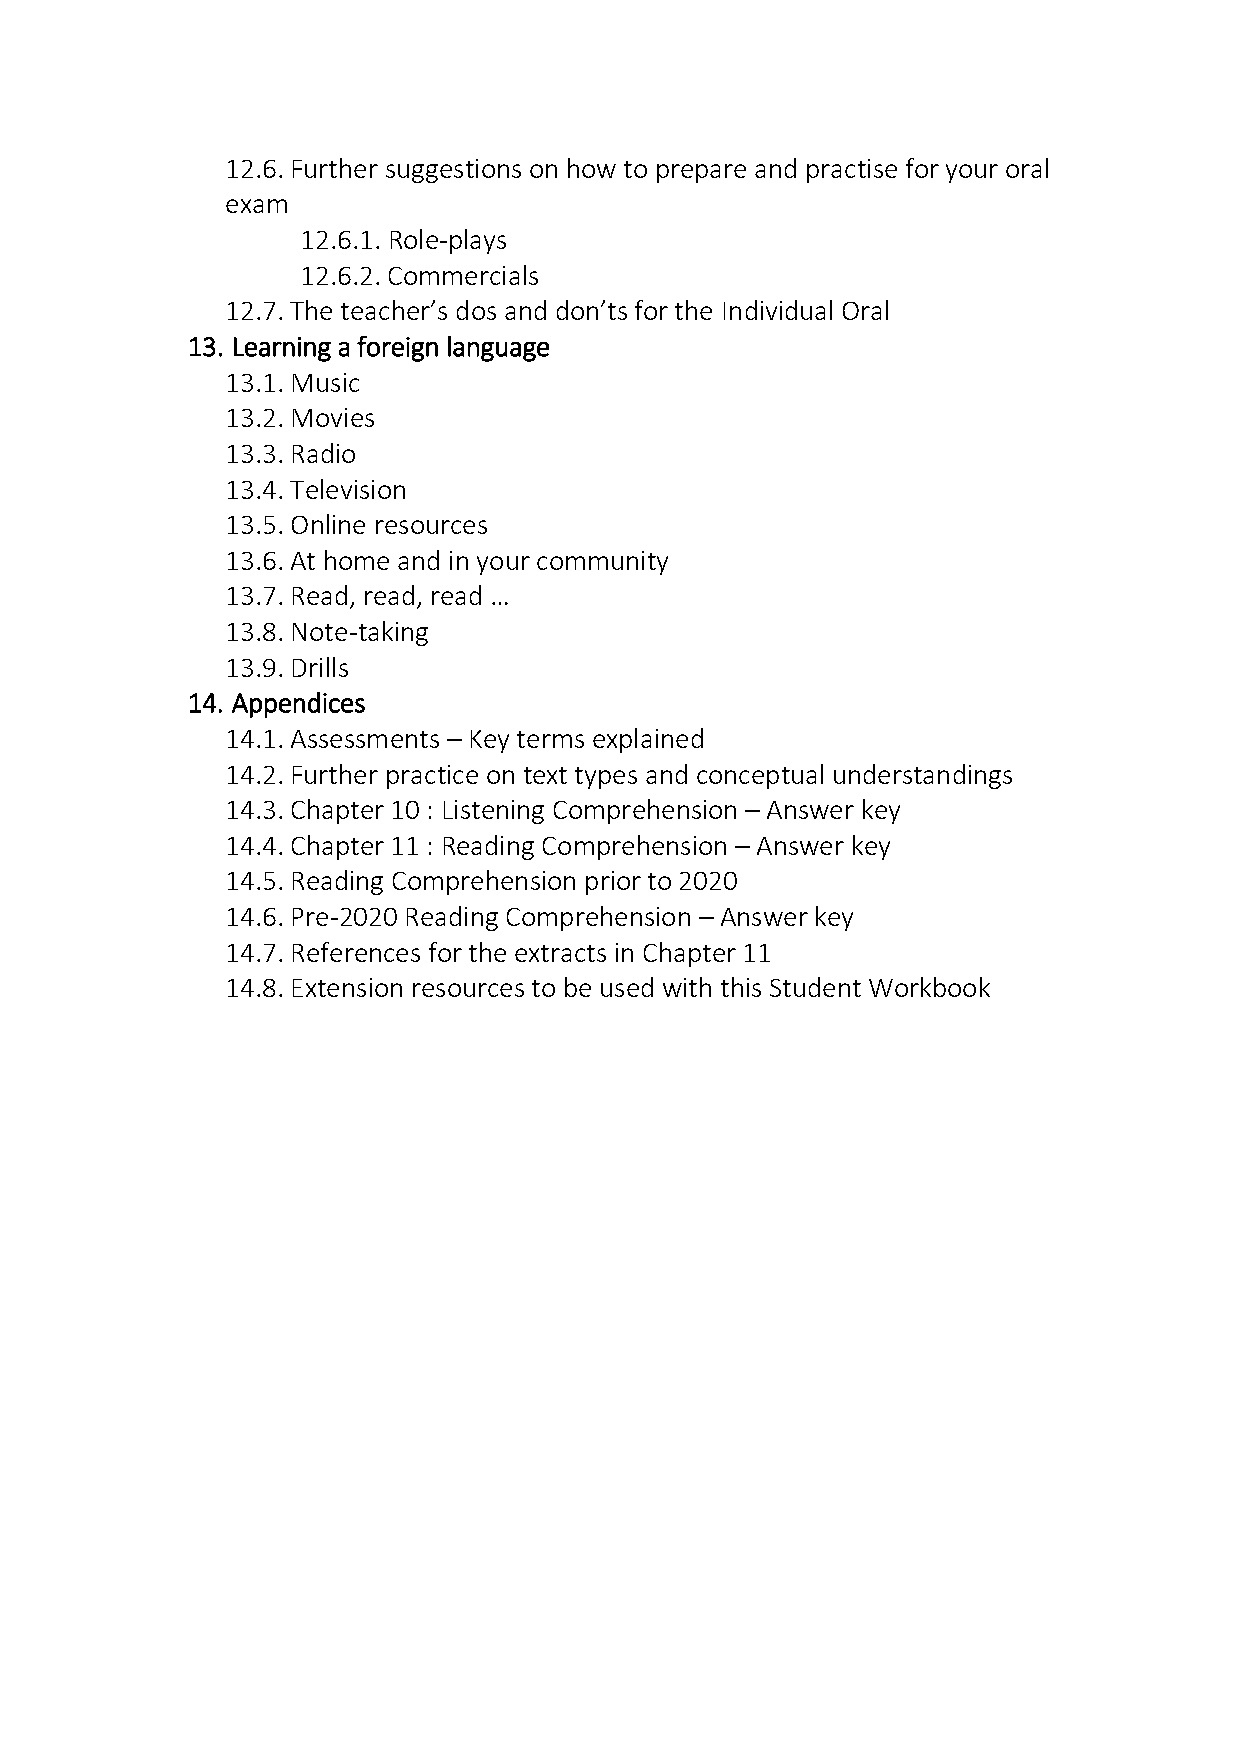
12.6. Further suggestions on how to prepare and practise for your oral
 exam
 12.6.1. Role-plays
 12.6.2. Commercials
 12.7. The teacher’s dos and don’ts for the Individual Oral
 13. Learning a foreign language
 13.1. Music
 13.2. Movies
 13.3. Radio
 13.4. Television
 13.5. Online resources
 13.6. At home and in your community
 13.7. Read, read, read …
 13.8. Note-taking
 13.9. Drills
 14. Appendices
 14.1. Assessments – Key terms explained
 14.2. Further practice on text types and conceptual understandings
 14.3. Chapter 10 : Listening Comprehension – Answer key
 14.4. Chapter 11 : Reading Comprehension – Answer key
 14.5. Reading Comprehension prior to 2020
 14.6. Pre-2020 Reading Comprehension – Answer key
 14.7. References for the extracts in Chapter 11
 14.8. Extension resources to be used with this Student Workbook